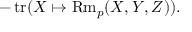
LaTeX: - \operatorname { t r } ( X \mapsto \operatorname { R m } _ { p } ( X , Y , Z ) ) .